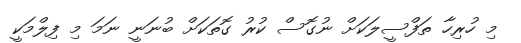
މި ހުރިހާ ތަފްސީލަކަށް ނުގޮސް ކުރު ގޮތަކަށް ބުނަނީ ނަމަ މި ފިލްމަކީ